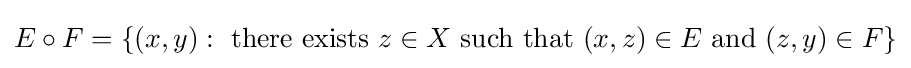
E\circ F=\{(x,y):{\text{ there exists }}z\in X{\text{ such that }}(x,z)\in E{\text{ and }}(z,y)\in F\}